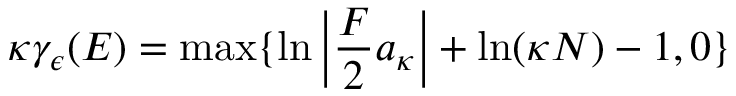
\kappa \gamma _ { \epsilon } ( E ) = \mathrm { { m a x } } \{ \ln \left| \frac { F } { 2 } a _ { \kappa } \right| + \ln ( \kappa N ) - 1 , 0 \}